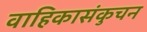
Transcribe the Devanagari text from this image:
वाहिकासंकुचन